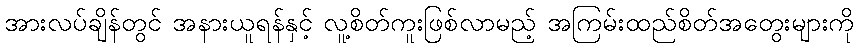
အားလပ်ချိန်တွင် အနားယူရန်နှင့် လူ့စိတ်ကူးဖြစ်လာမည့် အကြမ်းထည်စိတ်အတွေးများကို